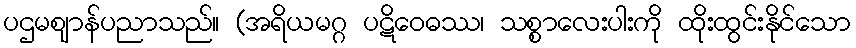
ပဌမဈာန်ပညာသည်။ (အရိယမဂ္ဂ ပဋိဝေဓဿ၊ သစ္စာလေးပါးကို ထိုးထွင်းနိုင်သော